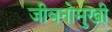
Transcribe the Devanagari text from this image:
जीवनोमुखी